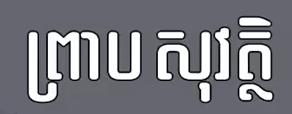
ព្រាបសុវត្ថិ